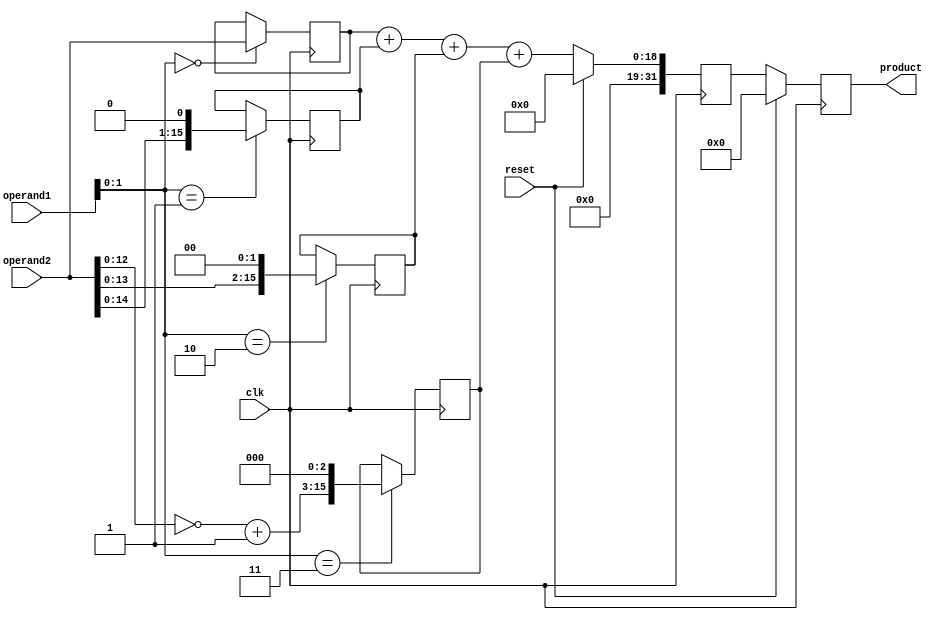
module Radix4Multiplier(
  input wire clk,
  input wire reset,
  input wire [15:0] operand1,
  input wire [15:0] operand2,
  output reg [31:0] product
);

reg [15:0] partial_products[3:0];
reg [31:0] partial_sum;

// Radix-4 Booth Encoder
always @ (posedge clk) begin
  case ({operand1[1], operand1[0]})
    2'b00: partial_products[0] <= operand2 << 0;
    2'b01: partial_products[1] <= operand2 << 1;
    2'b10: partial_products[2] <= operand2 << 2;
    2'b11: partial_products[3] <= ~operand2 + 1 << 3;
  endcase
end

// Radix-4 Booth Encoder Controller
always @ (posedge clk) begin
  if (reset) begin
    partial_sum <= 0;
  end else begin
    partial_sum <= partial_products[0] + partial_products[1] + partial_products[2] + partial_products[3];
  end
end

// Registers for storing intermediate results and final product
always @ (posedge clk) begin
  if (reset) begin
    product <= 0;
  end else begin
    product <= partial_sum;
  end
end

endmodule